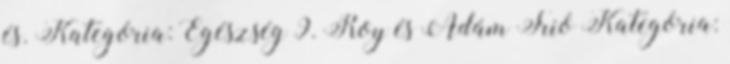
és. Kategória: Egészség 9. Roy és Ádám Trió Kategória: